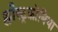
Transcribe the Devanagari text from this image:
क्लौस्ट्रफ़ोबिया